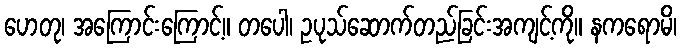
ဟေတု၊ အကြောင်းကြောင့်။ တပေါ၊ ဥပုသ်ဆောက်တည်ခြင်းအကျင့်ကို။ နကရောမိ၊